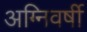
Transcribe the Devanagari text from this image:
अग्निवर्षी